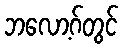
ဘလော့ဂ်တွင်